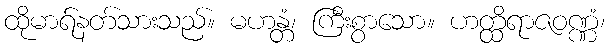
ထိုမာရ်နတ်သားသည်။ မဟန္တံ၊ ကြီးစွာသော။ ဟတ္ထိရာဇဝဏ္ဏံ၊